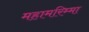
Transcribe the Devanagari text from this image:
महामरिम्मा